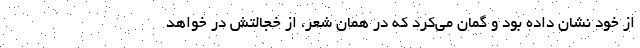
از خود نشان داده بود و گمان می‌کرد که در همان شعر، از خجالتش در خواهد